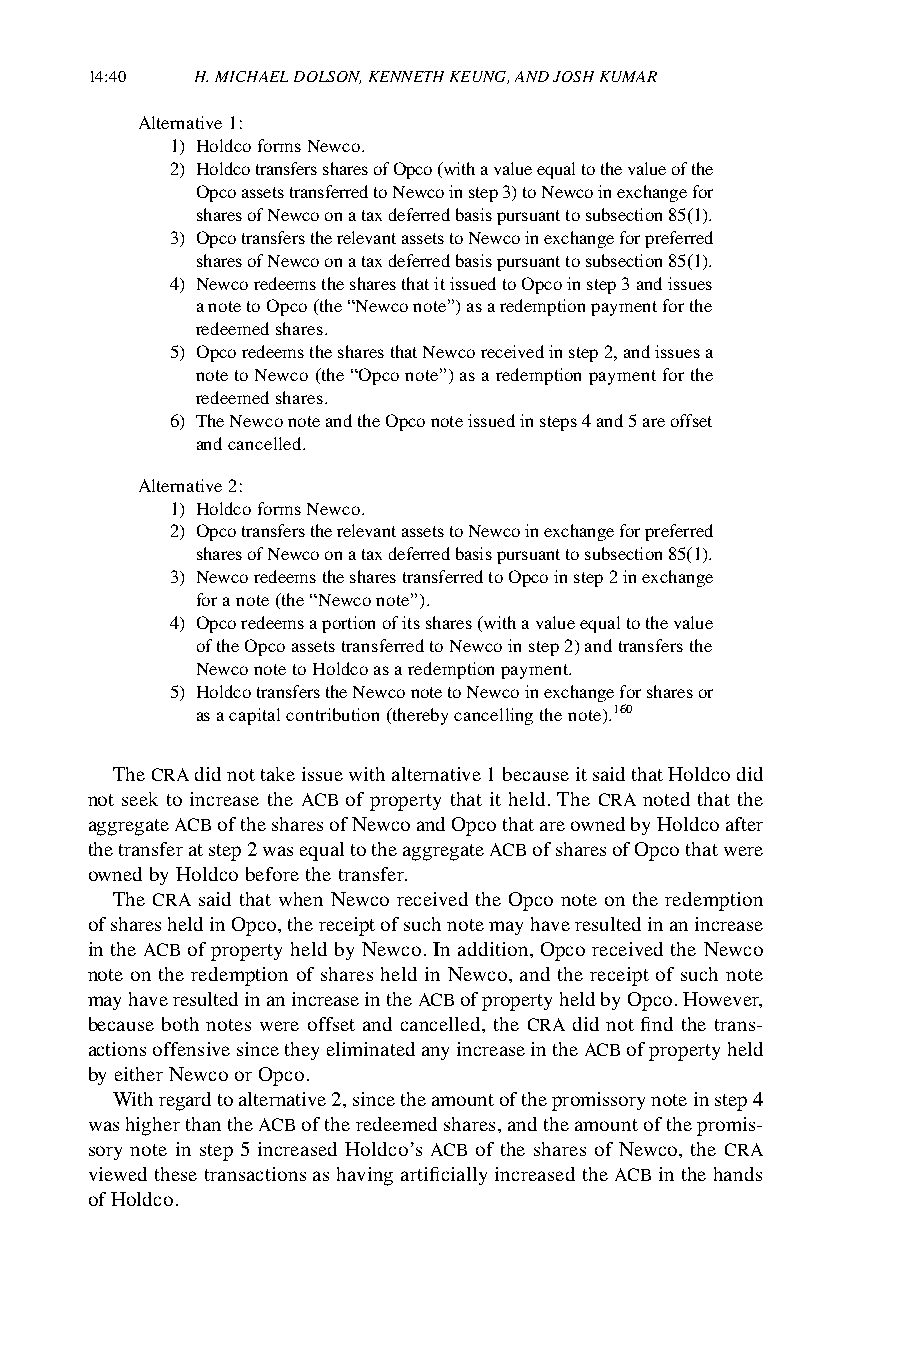
14:40  H. MICHAEL DOLSON, KENNETH KEUNG, AND JOSH KUMAR
 Alternative 1:
 1) Holdco forms Newco.
 2) Holdco transfers shares of Opco (with a value equal to the value of the
 Opco assets transferred to Newco in step 3) to Newco in exchange for
 shares of Newco on a tax deferred basis pursuant to subsection 85(1).
 3) Opco transfers the relevant assets to Newco in exchange for preferred
 shares of Newco on a tax deferred basis pursuant to subsection 85(1).
 4) Newco redeems the shares that it issued to Opco in step 3 and issues
 a note to Opco (the “Newco note”) as a redemption payment for the
 redeemed shares.
 5) Opco redeems the shares that Newco received in step 2, and issues a
 note to Newco (the “Opco note”) as a redemption payment for the
 redeemed shares.
 6) The Newco note and the Opco note issued in steps 4 and 5 are offset
 and cancelled.
 Alternative 2:
 1) Holdco forms Newco.
 2) Opco transfers the relevant assets to Newco in exchange for preferred
 shares of Newco on a tax deferred basis pursuant to subsection 85(1).
 3) Newco redeems the shares transferred to Opco in step 2 in exchange
 for a note (the “Newco note”).
 4) Opco redeems a portion of its shares (with a value equal to the value
 of the Opco assets transferred to Newco in step 2) and transfers the
 Newco note to Holdco as a redemption payment.
 5) Holdco transfers the Newco note to Newco in exchange for shares or
 as a capital contribution (thereby cancelling the note).160
 The CRA did not take issue with alternative 1 because it said that Holdco did
 not seek to increase the ACB of property that it held. The CRA noted that the
 aggregate ACB of the shares of Newco and Opco that are owned by Holdco after
 the transfer at step 2 was equal to the aggregate ACB of shares of Opco that were
 owned by Holdco before the transfer.
 The CRA said that when Newco received the Opco note on the redemption
 of shares held in Opco, the receipt of such note may have resulted in an increase
 in the ACB of property held by Newco. In addition, Opco received the Newco
 note on the redemption of shares held in Newco, and the receipt of such note
 may have resulted in an increase in the ACB of property held by Opco. However,
 because both notes were offset and cancelled, the CRA did not find the trans-
 actions offensive since they eliminated any increase in the ACB of property held
 by either Newco or Opco.
 With regard to alternative 2, since the amount of the promissory note in step 4
 was higher than the ACB of the redeemed shares, and the amount of the promis-
 sory note in step 5 increased Holdco’s ACB of the shares of Newco, the CRA
 viewed these transactions as having artificially increased the ACB in the hands
 of Holdco.